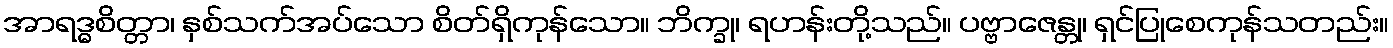
အာရဒ္ဓစိတ္တာ၊ နှစ်သက်အပ်သော စိတ်ရှိကုန်သော။ ဘိက္ခု၊ ရဟန်းတို့သည်။ ပဗ္ဗာဇေန္တု၊ ရှင်ပြုစေကုန်သတည်း။